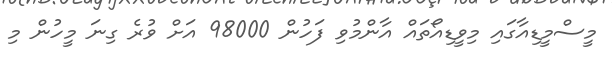
މީސްމީޑިއާގައި މިވީޑިއޯތައް އާންމުވި ފަހުން 98000 އަށް ވުރެ ގިނަ މީހުން މި